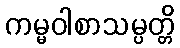
ကမ္မဝါစာသမ္ပတ္တိ